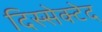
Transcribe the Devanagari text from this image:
दिस्सेक्टेद